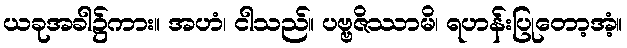
ယခုအခါ၌ကား။ အဟံ၊ ငါသည်။ ပဗ္ဗဇိဿာမိ၊ ရဟန်းပြုတော့အံ့။